画像に写った文字を読んでください
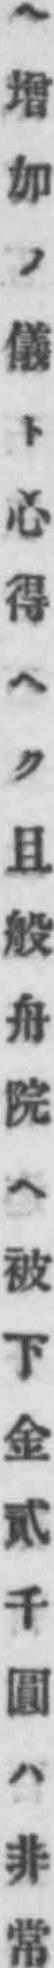
「ヘ增加ノ儀ト心得ヘク且般舟院ヘ被下金貳千圓ハ非常」と書いてあります